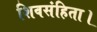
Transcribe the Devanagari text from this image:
शिवसंहिता।